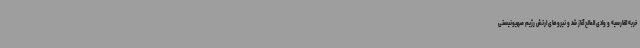
خربه الفارسیه و وادی المالح آغاز شد و نیروهای ارتش رژیم صهیونیستی